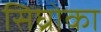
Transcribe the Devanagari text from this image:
सिघ्रोका